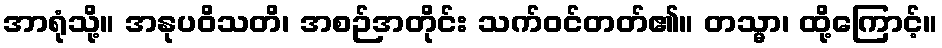
အာရုံသို့။ အနုပဝိသတိ၊ အစဉ်အတိုင်း သက်ဝင်တတ်၏။ တသ္မာ၊ ထို့ကြောင့်။